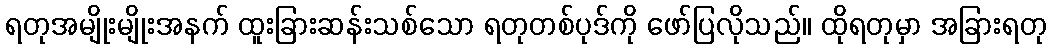
ရတုအမျိုးမျိုးအနက် ထူးခြားဆန်းသစ်သော ရတုတစ်ပုဒ်ကို ဖော်ပြလိုသည်။ ထိုရတုမှာ အခြားရတု